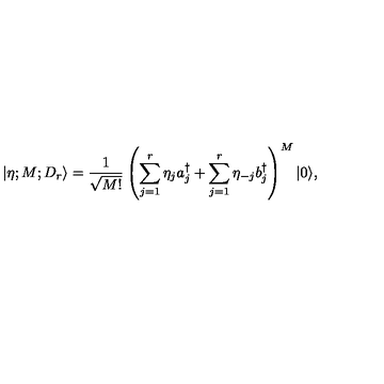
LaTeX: | \mathrm { \boldmath { \eta } } ; M ; D _ { r } \rangle = { \frac { 1 } { \sqrt { M ! } } } \left( \sum _ { j = 1 } ^ { r } \eta _ { j } a _ { j } ^ { \dagger } + \sum _ { j = 1 } ^ { r } \eta _ { - j } b _ { j } ^ { \dagger } \right) ^ { M } | 0 \rangle ,